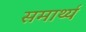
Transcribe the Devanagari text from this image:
समार्थ्य